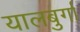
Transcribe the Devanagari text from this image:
यालबुर्गा